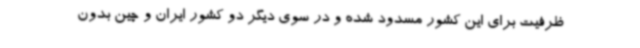
ظرفیت برای این کشور مسدود شده و در سوی دیگر دو کشور ایران و چین بدون